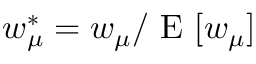
w _ { \mu } ^ { \ast } = w _ { \mu } / \mathrm { ~ E ~ } [ w _ { \mu } ]